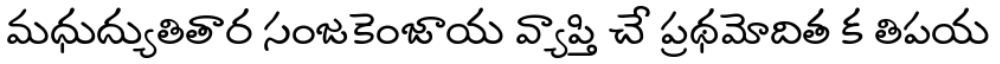
మధుద్యుతితార సంజకెంజాయ వ్యాప్తి చే ప్రథమోదిత క తిపయ